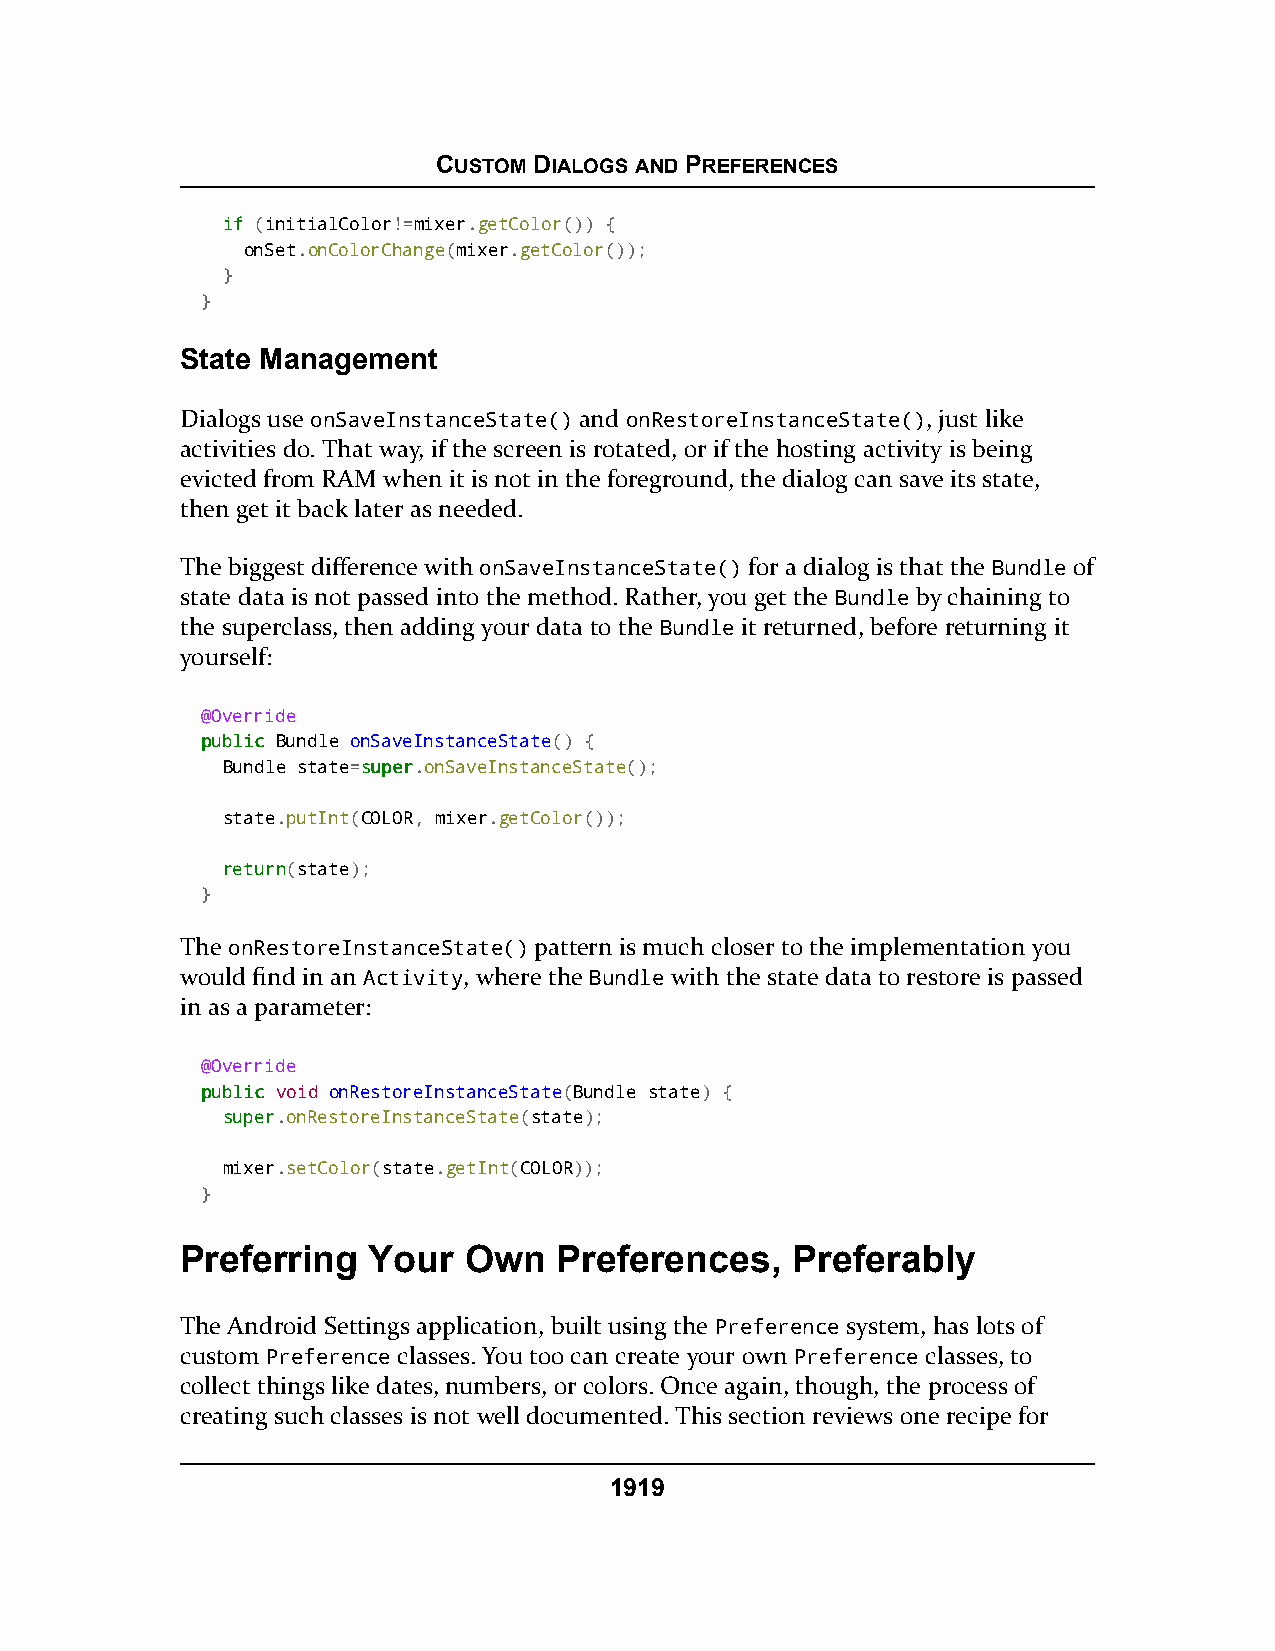
CUSTOM DIALOGS AND PREFERENCES
 iiff (initialColor!=mixer.getColor()) {
 onSet.onColorChange(mixer.getColor());
 }
 }
 State Management
 Dialogs use onSaveInstanceState() and onRestoreInstanceState(), just like
 activities do. That way, if the screen is rotated, or if the hosting activity is being
 evicted from RAM when it is not in the foreground, the dialog can save its state,
 then get it back later as needed.
 The biggest difference with onSaveInstanceState() for a dialog is that the Bundle of
 state data is not passed into the method. Rather, you get the Bundle by chaining to
 the superclass, then adding your data to the Bundle it returned, before returning it
 yourself:
 @Override
 ppuubblliicc Bundle onSaveInstanceState() {
 Bundle state=ssuuppeerr.onSaveInstanceState();
 state.putInt(COLOR, mixer.getColor());
 rreettuurrnn(state);
 }
 The onRestoreInstanceState() pattern is much closer to the implementation you
 would find in an Activity, where the Bundle with the state data to restore is passed
 in as a parameter:
 @Override
 ppuubblliicc void onRestoreInstanceState(Bundle state) {
 ssuuppeerr.onRestoreInstanceState(state);
 mixer.setColor(state.getInt(COLOR));
 }
 Preferring  Your   Own   Preferences,   Preferably
 The Android Settings application, built using the Preference system, has lots of
 custom Preference classes. You too can create your own Preference classes, to
 collect things like dates, numbers, or colors. Once again, though, the process of
 creating such classes is not well documented. This section reviews one recipe for
 1919